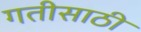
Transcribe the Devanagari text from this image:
गतीसाठी